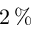
2 \, \%